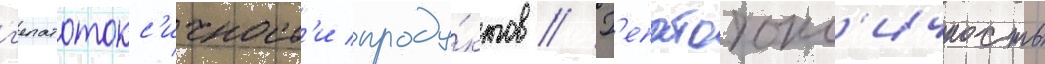
г'епатотокс'ичност'и проду́ктов // Г'епатотокс'ичность